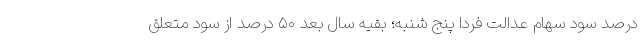
درصد سود سهام عدالت فردا پنج شنبه؛ بقیه سال بعد ۵۰ درصد از سود متعلق